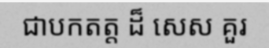
ជាបកតត្ត ដ៏ សេស គួរ